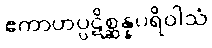
ဧကာဟပ္ပဋိစ္ဆန္နပရိဝါသံ